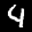
Label: 4